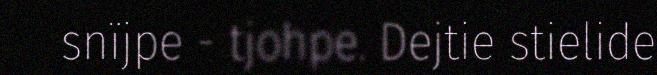
snïjpe - tjohpe. Dejtie stielide